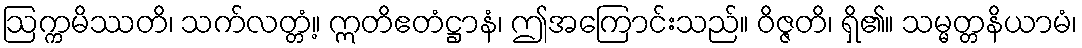
ဩက္ကမိဿတိ၊ သက်လတ္တံ့။ ဣတိဧတံဋ္ဌာနံ၊ ဤအကြောင်းသည်။ ဝိဇ္ဇတိ၊ ရှိ၏။ သမ္မတ္တနိယာမံ၊